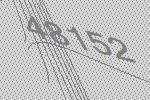
48152